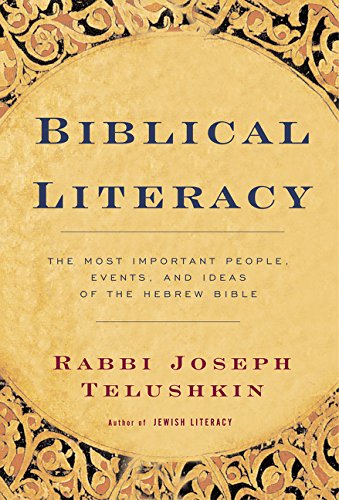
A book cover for Biblical Literacy: The Most Important People, Events, and Ideas of the Hebrew Bible; Joseph Telushkin; Religion & Spirituality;